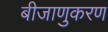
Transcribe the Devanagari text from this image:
बीजाणुकरण